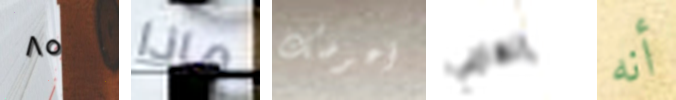
٨٥ ماذا أعوضك إلهامي أنه